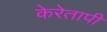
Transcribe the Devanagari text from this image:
केरेतापी